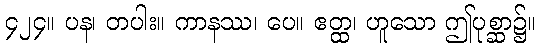
၄၂၄။ ပန၊ တပါး။ ကာနဿ၊ ပေ။ ဧတ္ထ၊ ဟူသော ဤပုစ္ဆာ၌။